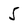
Character: 5